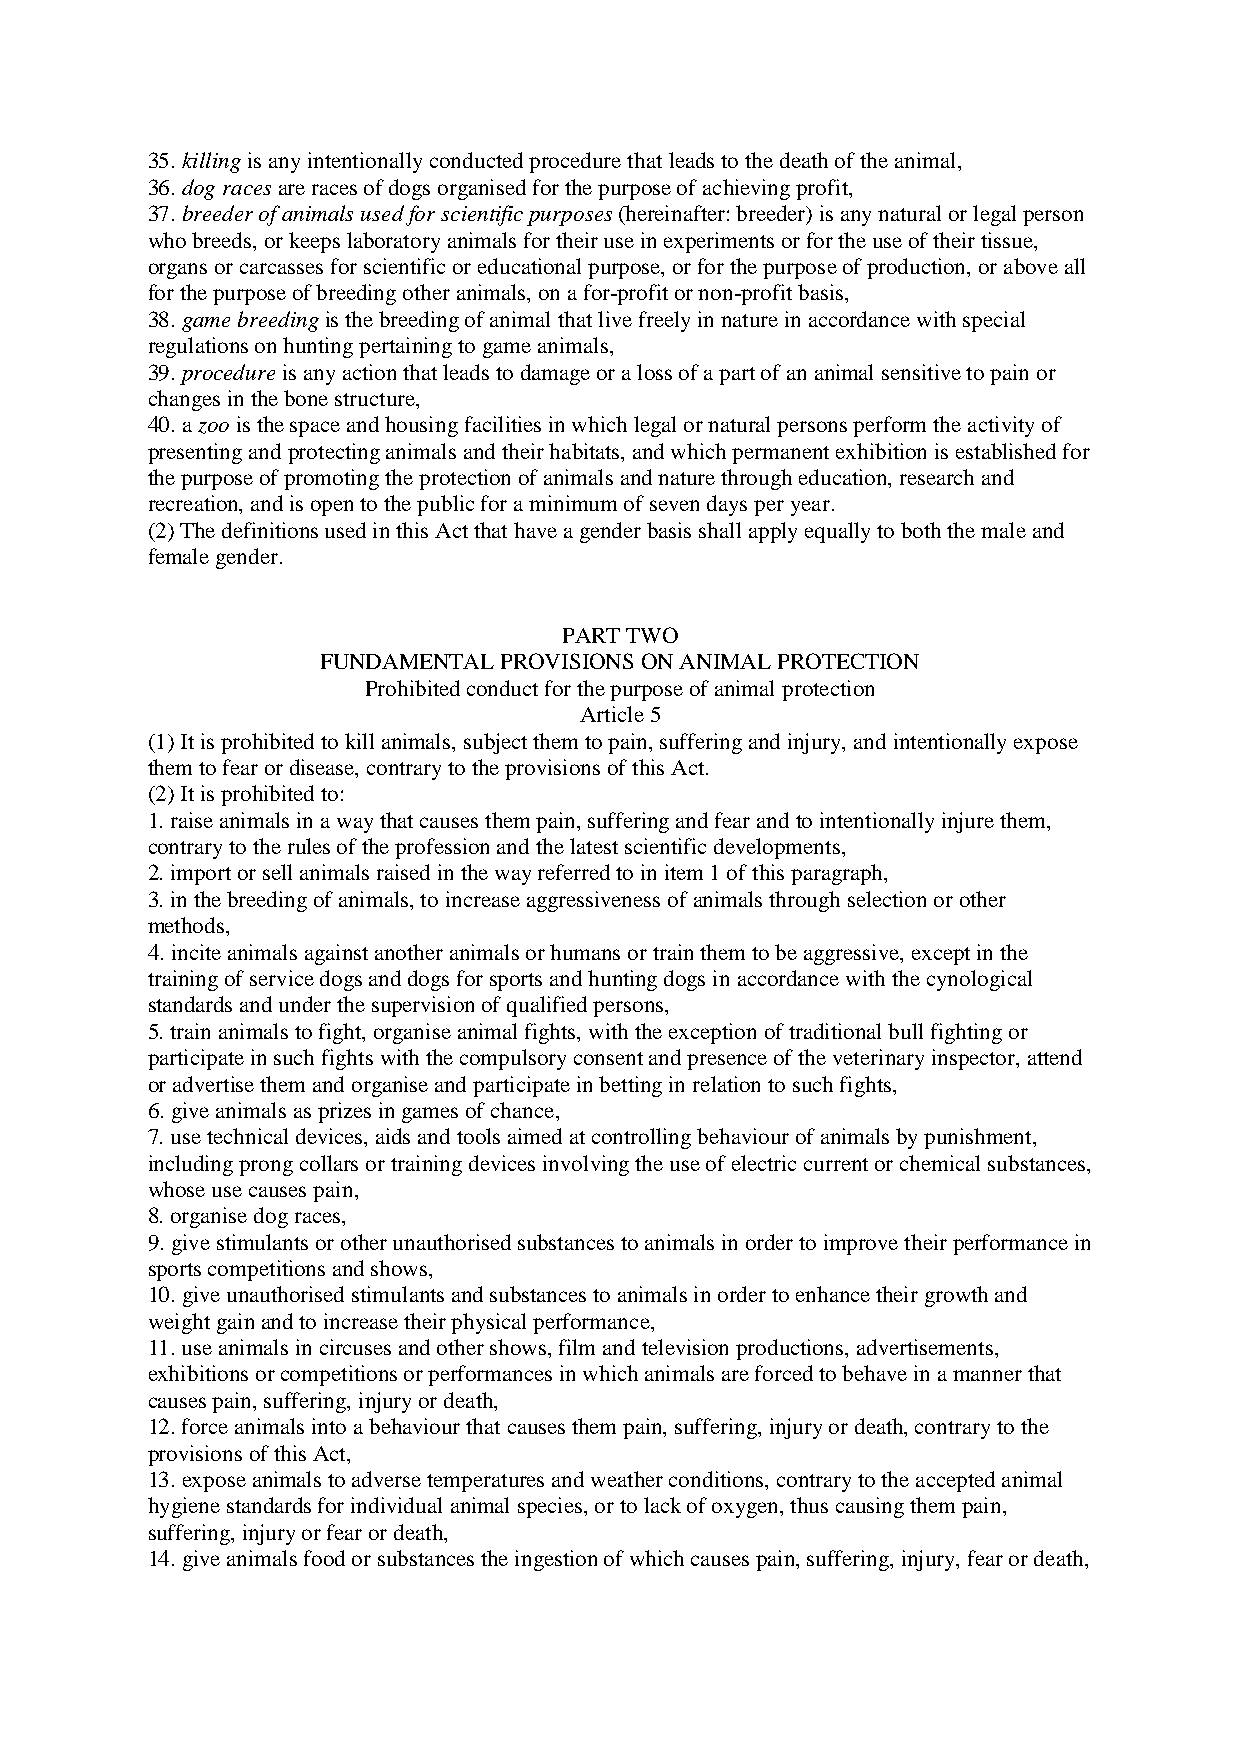
35. killing is any intentionally conducted procedure that leads to the death of the animal,
 36. dog races are races of dogs organised for the purpose of achieving profit,
 37. breeder of animals used for scientific purposes (hereinafter: breeder) is any natural or legal person
 who breeds, or keeps laboratory animals for their use in experiments or for the use of their tissue,
 organs or carcasses for scientific or educational purpose, or for the purpose of production, or above all
 for the purpose of breeding other animals, on a for-profit or non-profit basis,
 38. game breeding is the breeding of animal that live freely in nature in accordance with special
 regulations on hunting pertaining to game animals,
 39. procedure is any action that leads to damage or a loss of a part of an animal sensitive to pain or
 changes in the bone structure,
 40. a zoo is the space and housing facilities in which legal or natural persons perform the activity of
 presenting and protecting animals and their habitats, and which permanent exhibition is established for
 the purpose of promoting the protection of animals and nature through education, research and
 recreation, and is open to the public for a minimum of seven days per year.
 (2) The definitions used in this Act that have a gender basis shall apply equally to both the male and
 female gender.
 PART TWO
 FUNDAMENTAL PROVISIONS ON ANIMAL PROTECTION
 Prohibited conduct for the purpose of animal protection
 Article 5
 (1) It is prohibited to kill animals, subject them to pain, suffering and injury, and intentionally expose
 them to fear or disease, contrary to the provisions of this Act.
 (2) It is prohibited to:
 1. raise animals in a way that causes them pain, suffering and fear and to intentionally injure them,
 contrary to the rules of the profession and the latest scientific developments,
 2. import or sell animals raised in the way referred to in item 1 of this paragraph,
 3. in the breeding of animals, to increase aggressiveness of animals through selection or other
 methods,
 4. incite animals against another animals or humans or train them to be aggressive, except in the
 training of service dogs and dogs for sports and hunting dogs in accordance with the cynological
 standards and under the supervision of qualified persons,
 5. train animals to fight, organise animal fights, with the exception of traditional bull fighting or
 participate in such fights with the compulsory consent and presence of the veterinary inspector, attend
 or advertise them and organise and participate in betting in relation to such fights,
 6. give animals as prizes in games of chance,
 7. use technical devices, aids and tools aimed at controlling behaviour of animals by punishment,
 including prong collars or training devices involving the use of electric current or chemical substances,
 whose use causes pain,
 8. organise dog races,
 9. give stimulants or other unauthorised substances to animals in order to improve their performance in
 sports competitions and shows,
 10. give unauthorised stimulants and substances to animals in order to enhance their growth and
 weight gain and to increase their physical performance,
 11. use animals in circuses and other shows, film and television productions, advertisements,
 exhibitions or competitions or performances in which animals are forced to behave in a manner that
 causes pain, suffering, injury or death,
 12. force animals into a behaviour that causes them pain, suffering, injury or death, contrary to the
 provisions of this Act,
 13. expose animals to adverse temperatures and weather conditions, contrary to the accepted animal
 hygiene standards for individual animal species, or to lack of oxygen, thus causing them pain,
 suffering, injury or fear or death,
 14. give animals food or substances the ingestion of which causes pain, suffering, injury, fear or death,